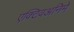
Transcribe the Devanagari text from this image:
एक्टिवअनिमे